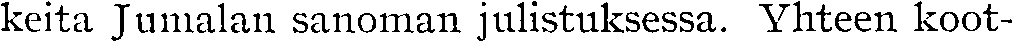
keita Jumalan sanoman julistuksessa. Yhteen koot-